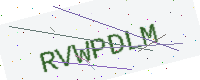
Text: RVWPDLM